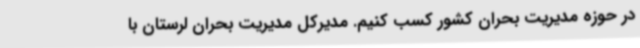
در حوزه مدیریت بحران کشور کسب کنیم. مدیرکل مدیریت بحران لرستان با